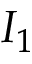
I _ { 1 }